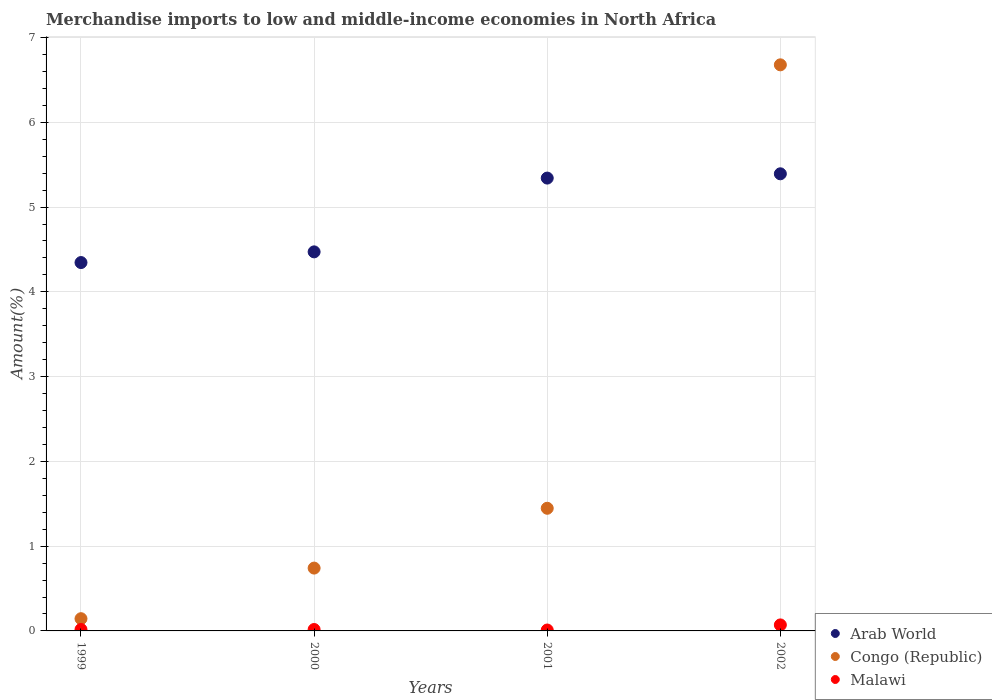
| Years | Arab World | Congo (Republic) | Malawi |
 | --- | --- | --- | --- |
 | 1999 | 4.35 | 0.144 | 0.0171 |
 | 2000 | 4.47 | 0.741 | 0.0167 |
 | 2001 | 5.34 | 1.45 | 0.0107 |
 | 2002 | 5.39 | 6.68 | 0.0708 |